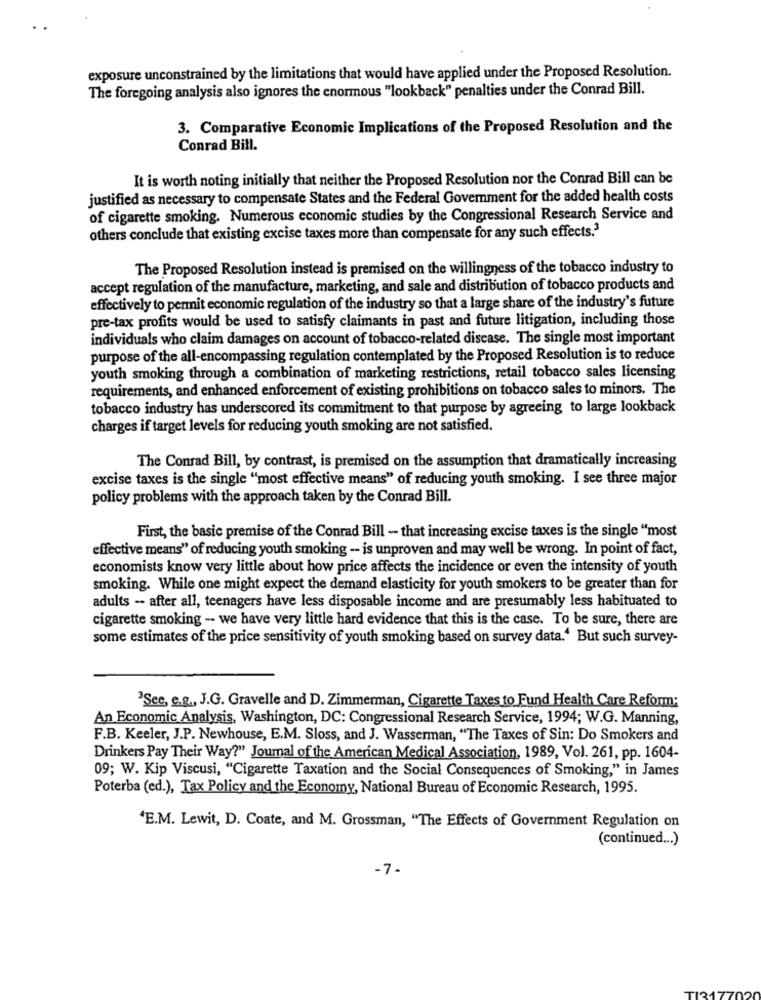
exposure unconstrained by the limitations that would have applied under the Proposed Resolution.
The foregoing analysis also ignores the enormous "lookback" penalties under the Conrad Bill.
3. Comparative Economic Implications of the Proposed Resolution and the
Conrad Bill.
It is worth noting initially that neither the Proposed Resolution nor the Conrad Bill can be
justified as necessary to compensate States and the Federal Government for the added health costs
of cigarette smoking. Numerous economic studies by the Congressional Research Service and
others conclude that existing excise taxes more than compensate for any such effects.3
The Proposed Resolution instead is premised on the willingness of the tobacco industry to
accept regulation of the manufacture, marketing, and sale and distribution of tobacco products and
effectively to permit economic regulation of the industry so that a large share of the industry's future
pre-tax profits would be used to satisfy claimants in past and future litigation, including those
individuals who claim damages on account of tobacco-related disease. The single most important
purpose of the all-encompassing regulation contemplated by the Proposed Resolution is to reduce
youth smoking through a combination of marketing restrictions, retail tobacco sales licensing
requirements, and enhanced enforcement of existing prohibitions on tobacco sales to minors. The
tobacco industry has underscored its commitment to that purpose by agreeing to large lookback
charges if target levels for reducing youth smoking are not satisfied.
The Conrad Bill, by contrast, is premised on the assumption that dramatically increasing
excise taxes is the single "most effective means" of reducing youth smoking. I see three major
policy problems with the approach taken by the Conrad Bill.
First, the basic premise of the Conrad Bill - that increasing excise taxes is the single "most
effective means" of reducing youth smoking -- is unproven and may well be wrong. In point of fact,
economists know very little about how price affects the incidence or even the intensity of youth
smoking. While one might expect the demand elasticity for youth smokers to be greater than for
adults -- after all, teenagers have less disposable income and are presumably less habituated to
cigarette smoking -- we have very little hard evidence that this is the case. To be sure, there are
some estimates of the price sensitivity of youth smoking based on survey data.' But such survey-
'See, c.g ., J.G. Gravelle and D. Zimmerman, Cigarette Taxes to Fund Health Care Reform:
An Economic Analysis, Washington, DC: Congressional Research Service, 1994; W.G. Manning,
F.B. Keeler, J.P. Newhouse, E.M. Sloss, and J. Wasserman, "The Taxes of Sin: Do Smokers and
Drinkers Pay Their Way?" Journal of the American Medical Association, 1989, Vol. 261, pp. 1604-
09; W. Kip Viscusi, "Cigarette Taxation and the Social Consequences of Smoking," in James
Poterba (ed.), Tax Policy and the Economy, National Bureau of Economic Research, 1995.
'E.M. Lewit, D. Coate, and M. Grossman, "The Effects of Government Regulation on
(continued ... )
-7-